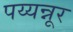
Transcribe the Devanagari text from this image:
पय्यन्नूर